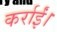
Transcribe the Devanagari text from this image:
कर्राईं।